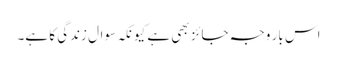
اس بار وجہ جائز بھی ہے کیونکہ سوال زندگی کا ہے۔